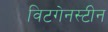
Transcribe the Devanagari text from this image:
विटगेनस्टीन